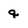
Character: q